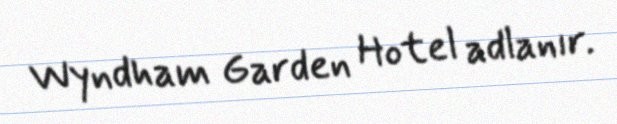
Wyndham Garden Hotel adlanır.